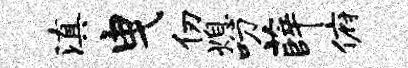
滇曳仞熄叨薛俯